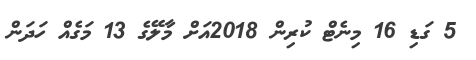
5 ގަޑި 16 މިނެޓް ކުރިން 2018އަށް މާލޭގެ 13 މަގެއް ހަދަން